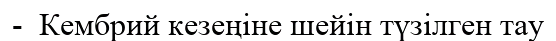
-  Кембрий кезеңіне шейін түзілген тау